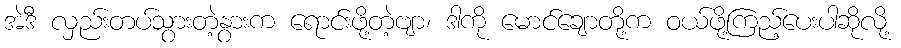
အဲဒီ လှည်းတပ်သွားတဲ့နွားက ရောင်းဖို့တဲ့ဗျာ၊ ဒါကို မောင်ချောတို့က ဝယ်ဖို့ကြည့်ပေးပါဆိုလို့